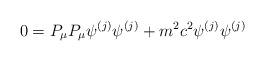
LaTeX: \begin{align*}0=P_\mu P_\mu \psi ^{(j)}\psi ^{(j)}+m^2c^2\psi ^{(j)}\psi ^{(j)} \end{align*}